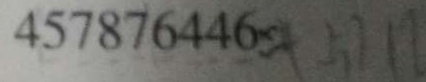
4 5 7 8 7 6 4 4 6